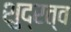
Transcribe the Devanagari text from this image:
शुद्रत्व